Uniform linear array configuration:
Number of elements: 24
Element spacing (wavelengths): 0.25
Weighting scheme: uniform
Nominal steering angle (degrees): -60
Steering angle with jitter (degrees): -58.182
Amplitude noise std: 0.05
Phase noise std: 0.05

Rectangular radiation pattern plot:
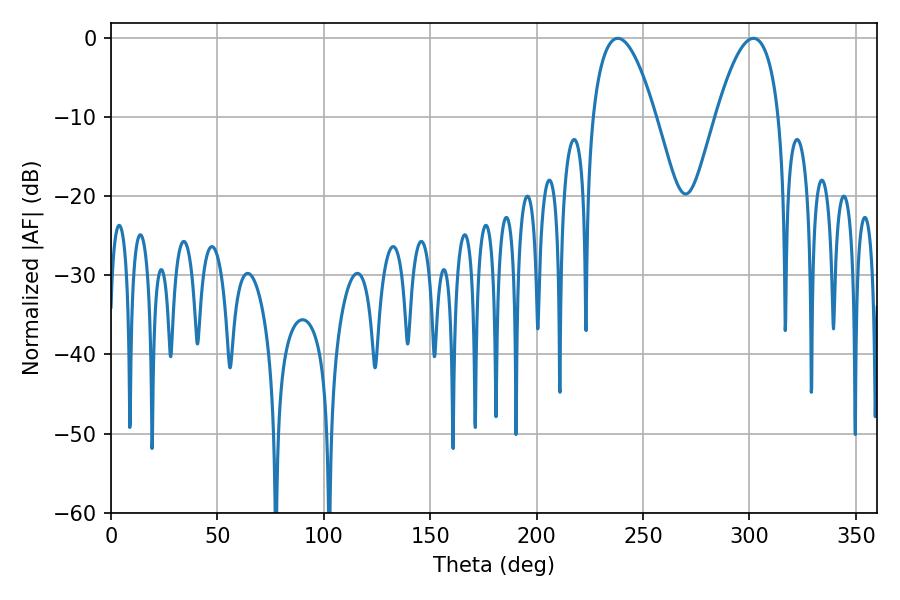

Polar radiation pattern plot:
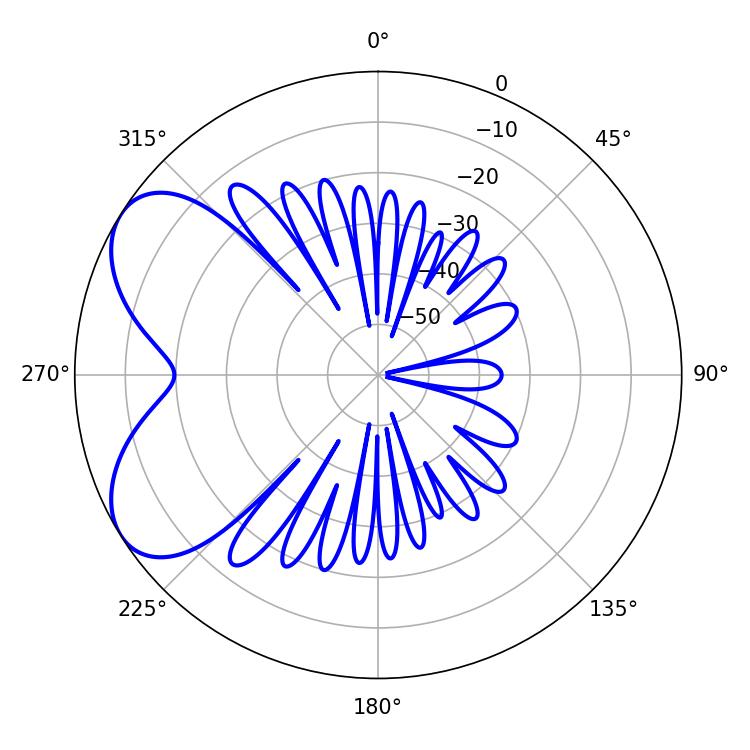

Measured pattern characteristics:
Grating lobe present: FALSE
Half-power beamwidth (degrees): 16.38
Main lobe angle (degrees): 238.14